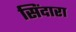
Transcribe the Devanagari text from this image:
सिंदारा